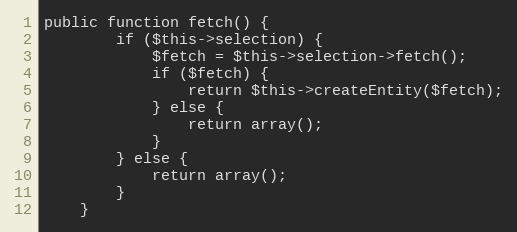
Language: PHP
public function fetch() {
		if ($this->selection) {
			$fetch = $this->selection->fetch();
			if ($fetch) {
				return $this->createEntity($fetch);
			} else {
				return array();
			}
		} else {
			return array();
		}
	}